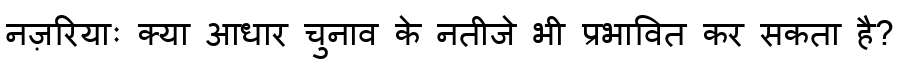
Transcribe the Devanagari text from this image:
नज़रियाः क्या आधार चुनाव के नतीजे भी प्रभावित कर सकता है?